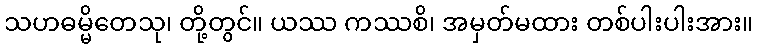
သဟဓမ္မိတေသု၊ တို့တွင်။ ယဿ ကဿစိ၊ အမှတ်မထား တစ်ပါးပါးအား။